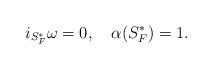
LaTeX: \begin{align*}i_{S_F^*}\omega = 0,~~~\alpha(S_F^*) = 1. \end{align*}